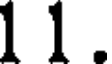
1 1 .